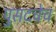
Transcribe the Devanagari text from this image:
पुसदचेच